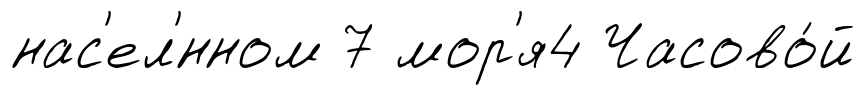
нас'ел'́нном 7 мор'я4 Часово́й